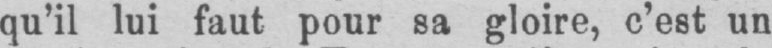
qu’il lui faut pour sa gloire, c’est un